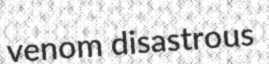
venom disastrous